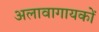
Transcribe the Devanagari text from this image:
अलावागायकों